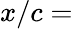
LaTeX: x/c=